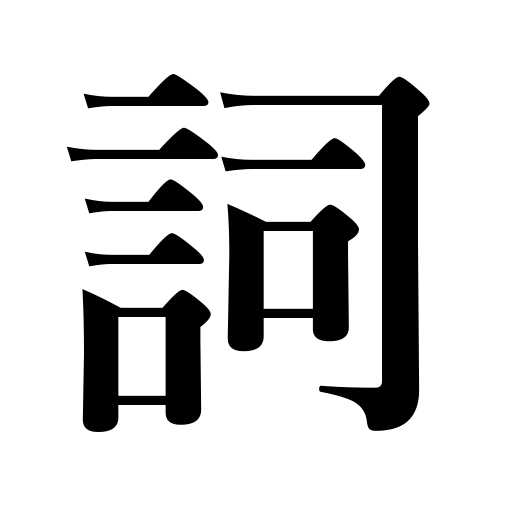
Meanings: poetry,words